Civil Veterinary Department Bihar & Orissa reports 1922-29 - 1922-1929
Year: 1922
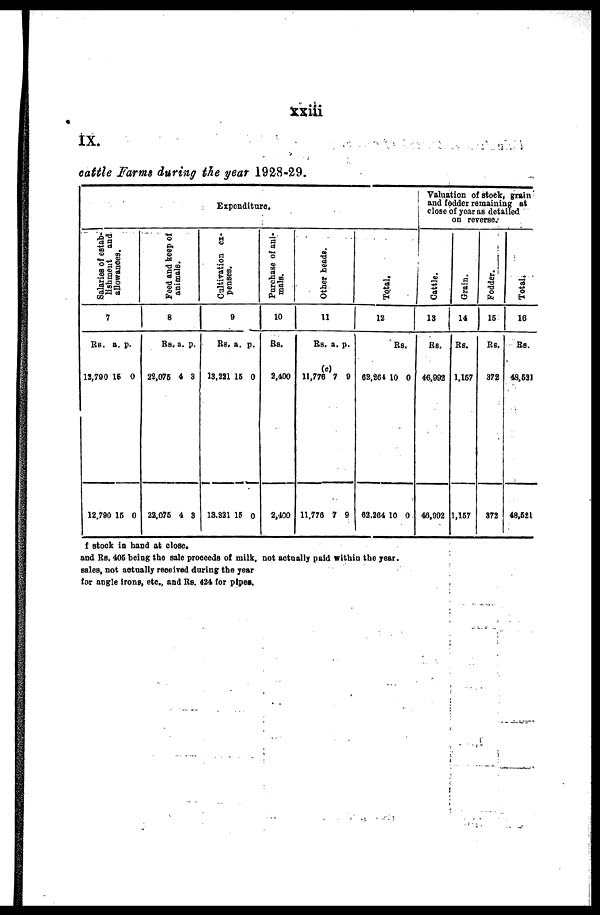
ixiii
IX.
cattle Farms during the year 1928-29.
Expenditur
Salaries of estab-
l
i
s hment and
allowances.
7
RS.
12,700
12.790
a.
16
16
p.
0
0
Feed and keep of
animals.
8
Rs.
22,076
22,076
a.
4
4
p.
3
3
Cultivation ex-
penses.
0
Rs.
13,211
13,821
a.
16
16
p.
0
o
Pur c ha s e of ani-
mals.
10
Rs.
2,400
2,400
Other heads.
11
Rs.
(c)
11,776
11,770
a,
7
7
p.
0
9
Total.
12
02.204
62.204
Rs
10
10
.
0
0
Valuation of stock, grain
and fodder remaining at
close of year as detailed
on reverse.
Cattle.
13
Rs.
46,992
40,002
Grain.
14
Rs.
1,167
1,167
Fodder.
15
Rs.
372
872
Total.
16
Rs.
49,621
48.621
stock in hand at close,
and Rs. 406 being the sale proceeds of milk, not actually paid within too year,
sales, not actually received during the year
for angle Irons, etc., and Rs. 424 for pipes*.